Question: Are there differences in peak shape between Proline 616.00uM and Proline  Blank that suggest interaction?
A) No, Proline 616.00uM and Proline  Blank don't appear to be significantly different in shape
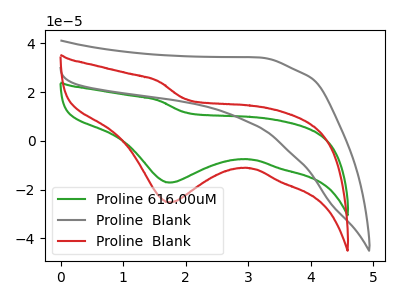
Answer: <think>The green curve "Proline 616.00uM" has a cathodic peak at: (1.75V, -17.15uA). The gray curve "Proline  Blank" has no peaks. The red curve "Proline  Blank" has a cathodic peak at: (1.75V, -25.25uA).
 All the peaks in "Proline 616.00uM" have a peak in "Proline  Blank" at the same potential. Every peak in "Proline 616.00uM" is lower than every peak in "Proline  Blank".</think>
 <answer>A) No, "Proline 616.00uM" and "Proline  Blank" don't appear to be significantly different in shape</answer>
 <eval>A</eval>